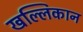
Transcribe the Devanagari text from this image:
खल्लिकान